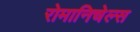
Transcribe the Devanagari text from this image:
रोमानिचेल्स